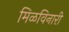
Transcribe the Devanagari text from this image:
मिळविनारी